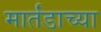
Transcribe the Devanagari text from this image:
मार्तंडाच्या